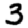
Digit: 3